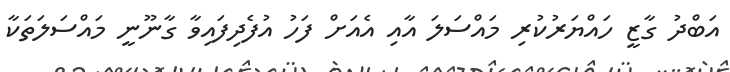
އަބްދު ގާޒީ ހައްޔަރުކުރި މައްސަލަ އާއި އެއަށް ފަހު އުފެދިފައިވާ ގާނޫނީ މައްސަލަތަކާ